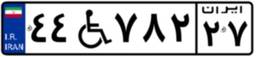
۴۴W۷۸۲۲۷